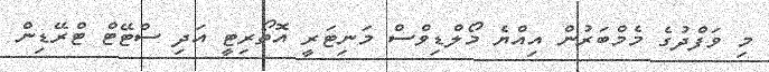
މި ވަފްދުގެ މެމްބަރުން އިއްޔެ މޯލްޑިވްސް މަނިޓަރީ އޮތޯރިޓީ އަދި ސްޓޭޓް ޓްރޭޑިން